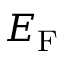
{ E _ { \mathrm { F } } }